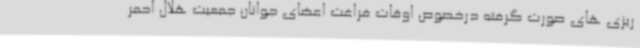
ریزی های صورت گرفته درخصوص اوقات فراغت اعضای جوانان جمعیت هلال احمر